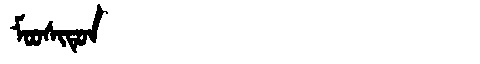
Manchu: ᠮᠣᠣᠰᡳᡨᡠᠨ
Romanization: MOOSITUN